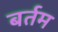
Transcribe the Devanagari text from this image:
बर्तम